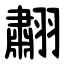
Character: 䎘